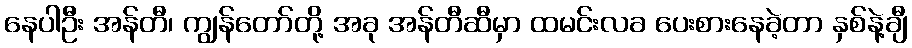
နေပါဦး အန်တီ၊ ကျွန်တော်တို့ အခု အန်တီဆီမှာ ထမင်းလခ ပေးစားနေခဲ့တာ နှစ်နဲ့ချီ